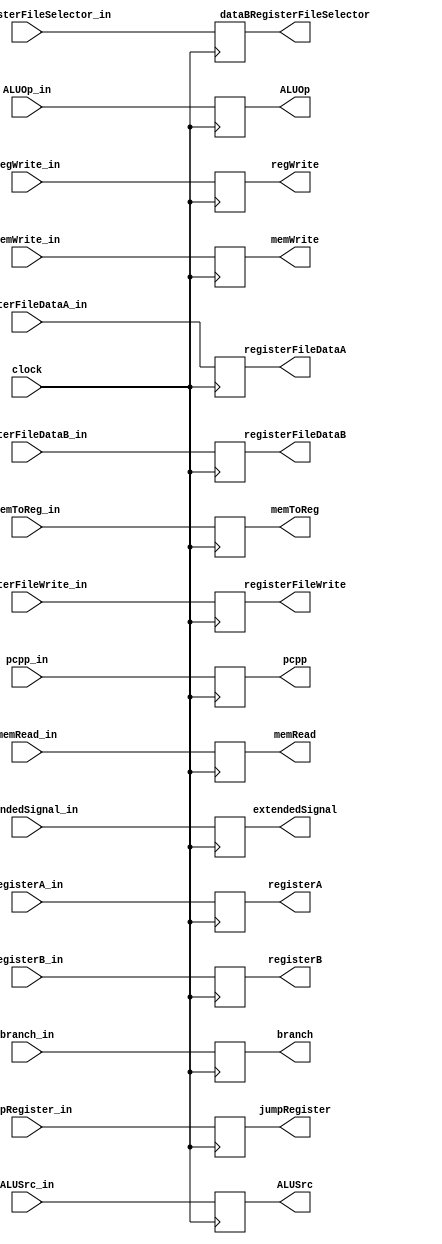
module id_ex(clock,
	registerFileDataA_in,
	registerFileDataB_in,
	registerFileWrite_in,
	registerA_in,
	registerB_in,
	pcpp_in,
	extendedSignal_in,
	ALUOp_in,
	ALUSrc_in,
	memRead_in,
	memWrite_in,
	memToReg_in,
	regWrite_in,
	branch_in,
	jumpRegister_in,
	dataBRegisterFileSelector_in,
	registerFileDataA,
	registerFileDataB,
	registerFileWrite,
	registerA,
	registerB,
	pcpp,
	extendedSignal,
	ALUOp,
	ALUSrc,
	memRead,
	memWrite,
	memToReg,
	regWrite,
	branch,
	jumpRegister,
	dataBRegisterFileSelector
);

input clock;
input [31:0] registerFileDataA_in;
input [31:0] registerFileDataB_in;
input [3:0] registerFileWrite_in;
input [3:0] registerA_in;
input [3:0] registerB_in;
input [31:0] pcpp_in;
input [31:0] extendedSignal_in;
input [4:0] ALUOp_in;
input ALUSrc_in;
input memRead_in;
input memWrite_in;
input [1:0] memToReg_in;
input regWrite_in;
input branch_in;
input jumpRegister_in;
input dataBRegisterFileSelector_in;
output reg [31:0] registerFileDataA;
output reg [31:0] registerFileDataB;
output reg [3:0] registerFileWrite;
output reg [3:0] registerA;
output reg [3:0] registerB;
output reg [31:0] pcpp;
output reg [31:0] extendedSignal;
output reg [4:0] ALUOp;
output reg ALUSrc;
output reg memRead;
output reg memWrite;
output reg [1:0] memToReg;
output reg regWrite;
output reg branch;
output reg jumpRegister;
output reg dataBRegisterFileSelector;

always @(negedge clock) begin
	registerFileDataA = registerFileDataA_in;
	registerFileDataB = registerFileDataB_in;
	registerFileWrite = registerFileWrite_in;
	registerA = registerA_in;
	registerB = registerB_in;
	pcpp = pcpp_in;
	extendedSignal = extendedSignal_in;
	ALUOp = ALUOp_in;
	ALUSrc = ALUSrc_in;
	memRead = memRead_in;
	memWrite = memWrite_in;
	memToReg = memToReg_in;
	regWrite = regWrite_in;
	branch = branch_in;
	jumpRegister = jumpRegister_in;
	dataBRegisterFileSelector = dataBRegisterFileSelector_in;
end

endmodule